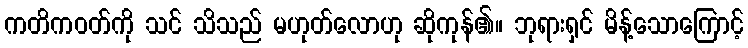
ကတိကဝတ်ကို သင် သိသည် မဟုတ်လောဟု ဆိုကုန်၏။ ဘုရားရှင် မိန့်သောကြောင့်